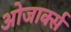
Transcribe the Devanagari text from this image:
ओजार्क्स